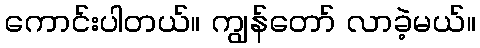
ကောင်းပါတယ်။ ကျွန်တော် လာခဲ့မယ်။